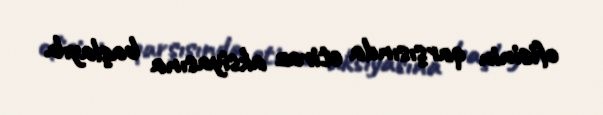
ofisinin qarşısında etiraz aksiyasına başlayıb.